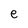
Character: e